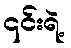
၎င်းရဲ့